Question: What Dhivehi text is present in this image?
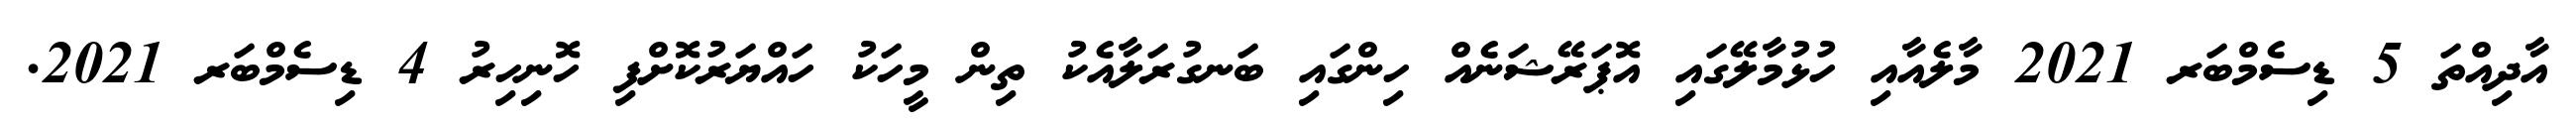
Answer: އާދިއްތަ 5 ޑިސެމްބަރ 2021 މާލެއާއި ހުޅުމާލޭގައި އޮޕަރޭޝަނެއް ހިންގައި ބަނގުރަލާއެކު ތިން މީހަކު ހައްޔަރުކޮށްފި ހޮނިހިރު 4 ޑިސެމްބަރ 2021.